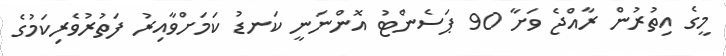
މީގެ އިތުރުން ރާއްޖެ ވަށާ 90 ޕަސެންޓު އޮންނަނީ ކަނޑު ކަމަށްވާއިރު ފަތުރުވެރިކަމުގެ